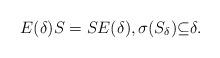
LaTeX: \begin{align*}E(\delta)S=SE(\delta),\sigma(S_{\delta}){\subseteq}\delta.\end{align*}